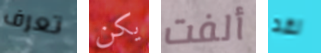
تعرف يكن ألفت لقد